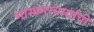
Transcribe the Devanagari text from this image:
भास्कराचार्यांची